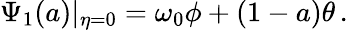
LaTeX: \Psi_{1}(a)|_{\eta=0}=\omega_{0}\phi+(1-a)\theta\, .